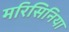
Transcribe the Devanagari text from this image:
मरिसिनिया